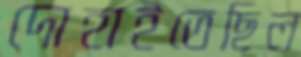
দোহাইতেছিল